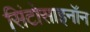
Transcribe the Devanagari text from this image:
सिंटोसाइनॉन